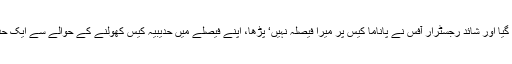
جسٹس آصف سعید کھوسہ نے کہا کہ رجسٹرار آفس نے کیس غلطی سے بینچ کے سامنے لگا دیا گیا اور شائد رجسٹرار آفس نے پاناما کیس پر میرا فیصلہ نہیں‘ پڑھا، اپنے فیصلے میں حدیبیہ کیس کھولنے کے حوالے سے ایک حد تک فیصلہ دے چکا ہوں، رجسٹرار آفس کو کیس ہمارے بینچ کے سامنے نہیں‘ لگانا چاہیے تھا۔